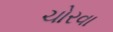
ચોરવા